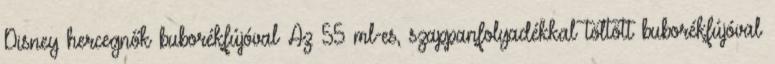
Disney hercegnők buborékfújóval Az 55 ml-es, szappanfolyadékkal töltött buborékfújóval